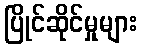
ပြိုင်ဆိုင်မှုများ